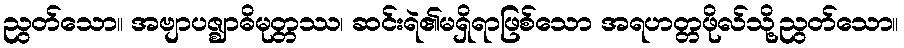
ညွတ်သော။ အဗျာပဇ္ဈာဓိမုတ္တဿ၊ ဆင်းရဲ၏မရှိရာဖြစ်သော အရဟတ္တဖိုလ်သို့ညွတ်သော။